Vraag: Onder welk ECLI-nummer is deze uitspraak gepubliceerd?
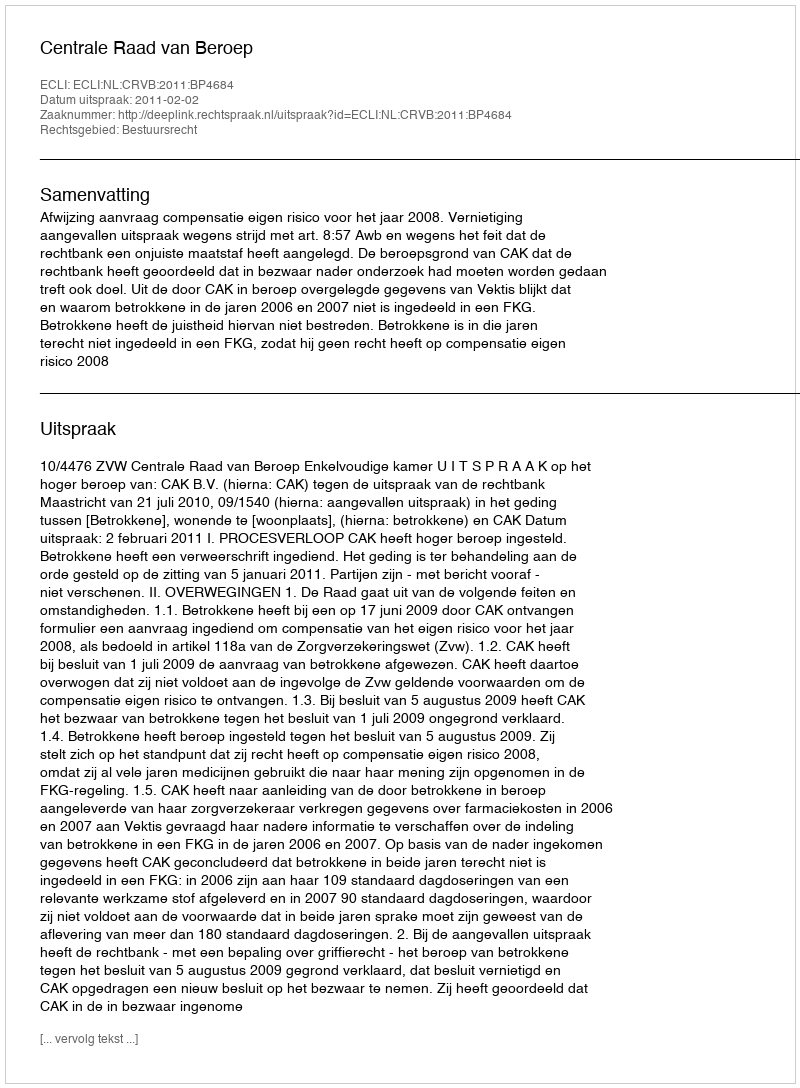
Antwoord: ECLI:NL:CRVB:2011:BP4684